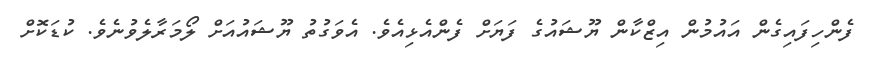
ފެންހިފައިގެން އައުމުން އިޒްކާން ޔޫޝައުގެ ފަޔަށް ފެންއެޅިއެވެ. އެވަގުތު ޔޫޝައުއަށް ލޯމަރާލެވުނެވެ. ކުޑަކޮށް